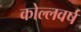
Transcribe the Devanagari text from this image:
कोल्लवर्ष